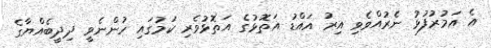
އެ އަމުރުފުޅު ނެރުއްވެވި އިރު އައްޑު އަތޮޅުގެ އަތޮޅުވެރި ކަމުގައި ހުންނެވީ ދިދީބެއްޔާގެ